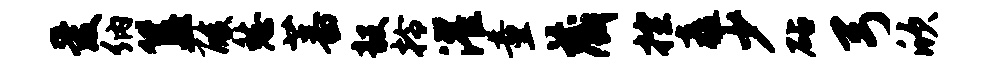
爱纳簋酸愁蕃毅拎濯童藏控矗少砧弓欣